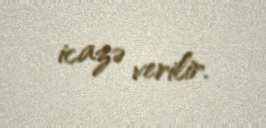
icazə verilir.